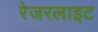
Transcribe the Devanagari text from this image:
रेजरलाइट